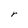
Character: r